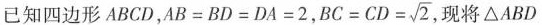
已知四边形ABCD，$$A B = B D = D A = 2$$，$$B C = C D = \sqrt { 2 }$$ 现将△ABD